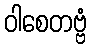
ဝါစေတဗ္ဗံ